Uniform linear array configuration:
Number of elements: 8
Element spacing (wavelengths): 1
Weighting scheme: hamming
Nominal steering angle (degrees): -30
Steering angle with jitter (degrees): -28.111
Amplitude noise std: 0.05
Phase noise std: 0.05

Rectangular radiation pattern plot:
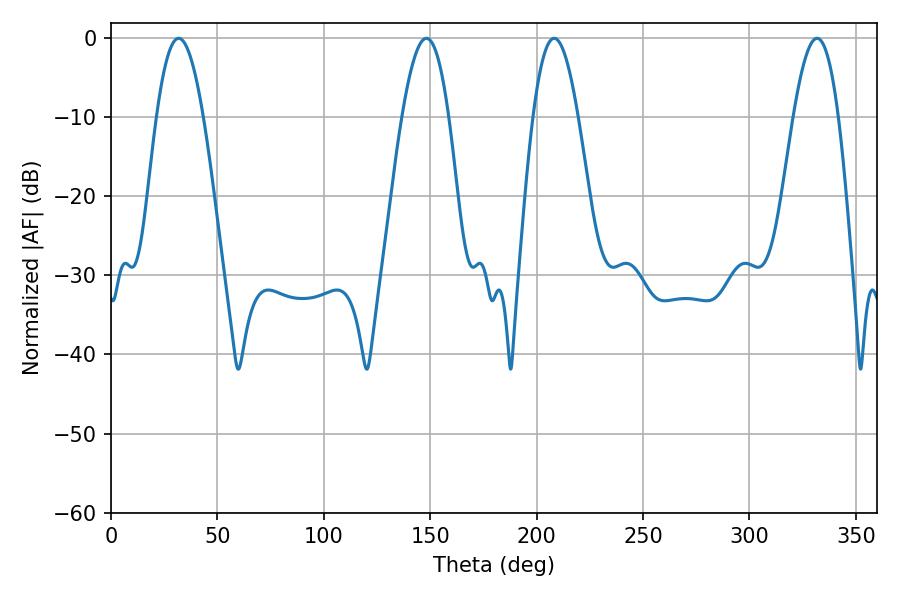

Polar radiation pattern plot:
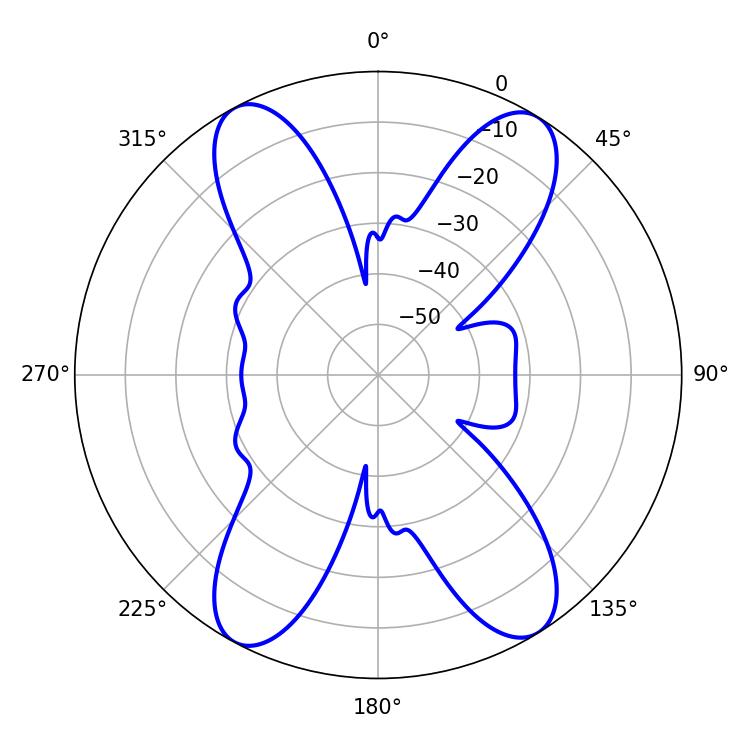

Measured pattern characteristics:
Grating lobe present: TRUE
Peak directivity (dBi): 18.191
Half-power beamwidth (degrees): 11.52
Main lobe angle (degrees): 208.26